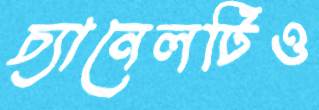
চ্যানেলটিও